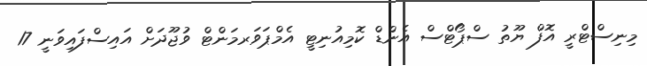
މިނިސްޓްރީ އޮފް ޔޫތު ސްޕޯޓްސް އެންޑް ކޮމިއުނިޓީ އެމްޕަވަރމަންޓް ވުޖޫދަށް އައިސްފައިވަނީ 17